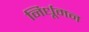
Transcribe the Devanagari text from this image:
निर्धूमन